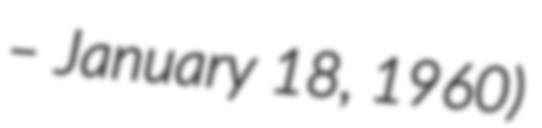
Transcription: – January 18, 1960)